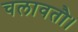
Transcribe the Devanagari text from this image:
चलावतौ।